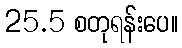
25.5 စတုရန်းပေ။